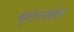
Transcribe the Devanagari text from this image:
क्षोभनकक्ष